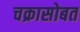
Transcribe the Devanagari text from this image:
चक्रासोबत